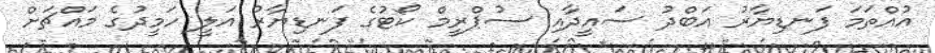
އުއްތަމަ ފަނޑިޔާރު އަބްދު ސައީދާއި ސުޕްރީމް ކޯޓުގެ ފަނޑިޔާރު އަލީ ހަމީދުގެ މައްޗަށް